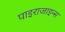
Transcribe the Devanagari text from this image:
पाइराजाइन्स